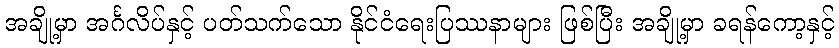
အချို့မှာ အင်္ဂလိပ်နှင့် ပတ်သက်သော နိုင်ငံရေးပြဿနာများ ဖြစ်ပြီး အချို့မှာ ခရန်ကော့နှင့်